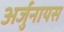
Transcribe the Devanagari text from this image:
अर्जुनायस